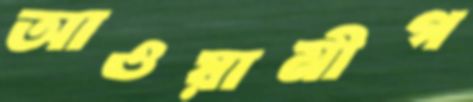
আওয়ামীগ